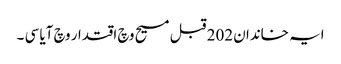
ایہ خاندان 202 قبل مسیح وچ اقتدار وچ آیا سی ۔